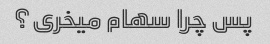
پس چرا سهام میخری؟